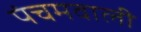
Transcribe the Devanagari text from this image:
पंचमवाली